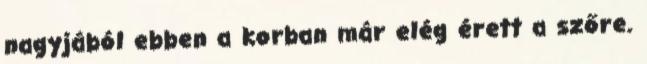
nagyjából ebben a korban már elég érett a szőre.